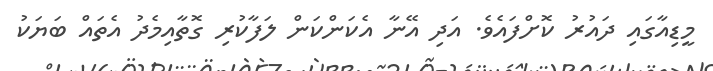
މީޑިއާގައި ދައުރު ކޮށްފައެވެ. އަދި އޭނާ އެކަންކަން ލަފާކުރި ގޮތާއިމެދު އެތައް ބަޔަކު